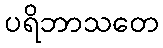
ပရိဘာသတေ